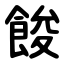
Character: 餕